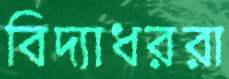
বিদ্যাধররা